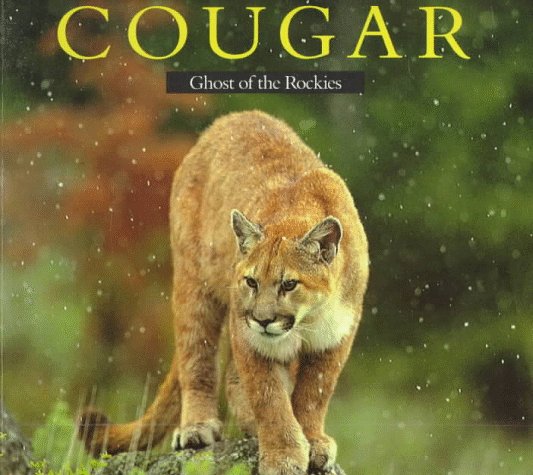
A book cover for Cougar: Ghost of the Rockies; Karen McCall; Sports & Outdoors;